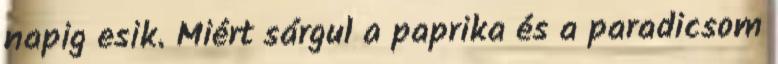
napig esik. Miért sárgul a paprika és a paradicsom